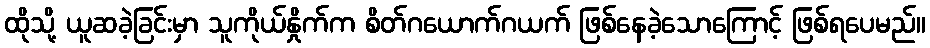
ထိုသို့ ယူဆခဲ့ခြင်းမှာ သူကိုယ်နှိုက်က စိတ်ဂယောက်ဂယက် ဖြစ်နေခဲ့သောကြောင့် ဖြစ်ရပေမည်။